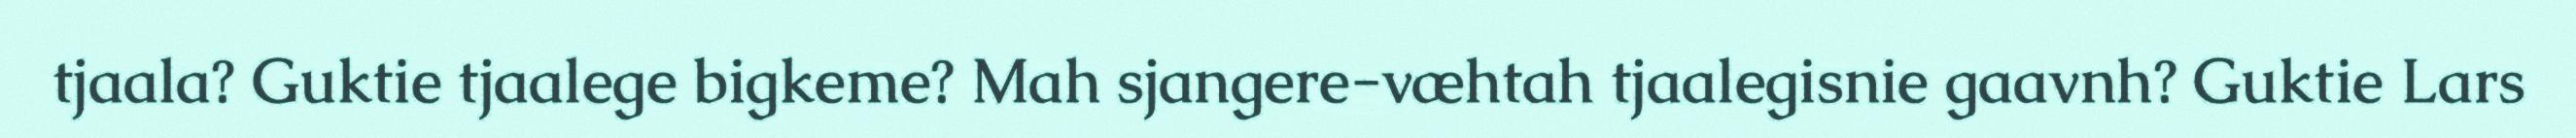
tjaala? Guktie tjaalege bigkeme? Mah sjangere-væhtah tjaalegisnie gaavnh? Guktie Lars